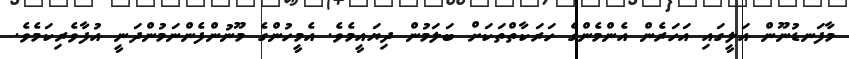
މާފަނޑުނޫން އަލީގައި އަހަރެން އެންމެންގެ ހަރަކާތްތަކަށް ބަލަމުން ދިޔައީމެވެ. އެމީހުންގެ މޫނުންފެންނަމުންދަނީ އުފާވެރިކަމެވެ.